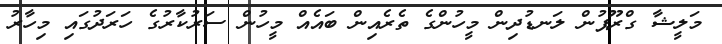
މަލީޝާ ގްރޫޕުން ލަނޑުދިން މީހުންގެ ތެރެއިން ބައެއް މީހުން ސަރުކާރުގެ ހަރަދުގައި މިހާރު